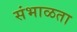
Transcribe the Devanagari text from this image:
संभाळता